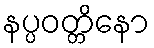
နပ္ပဝတ္တိနော